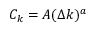
C _ { k } = A ( \Delta k ) ^ { a }